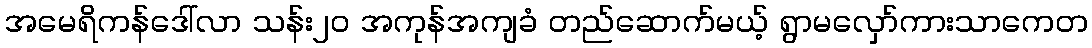
အမေရိကန်ဒေါ်လာ သန်း၂၀ အကုန်အကျခံ တည်ဆောက်မယ့် ရွာမလှော်ကားသာကေတ